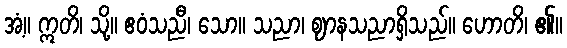
အံ့။ ဣတိ၊ သို့။ ဧဝံသညီ၊ သော။ သညာ၊ ဈာနသညာရှိသည်။ ဟောတိ၊ ၏။